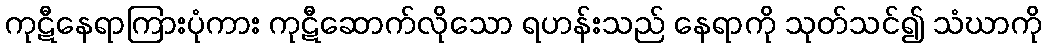
ကုဋီနေရာကြားပုံကား ကုဋီဆောက်လိုသော ရဟန်းသည် နေရာကို သုတ်သင်၍ သံဃာကို